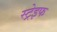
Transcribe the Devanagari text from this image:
स्ट्रेइफ